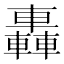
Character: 轟